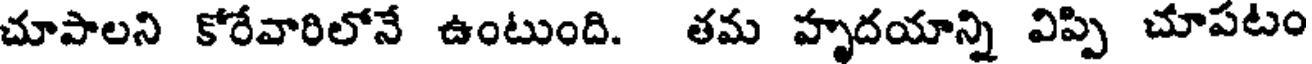
చూపాలని కోరేవారిలోనే ఉంటుంది. తమ హృదయాన్ని విప్పి చూపటం